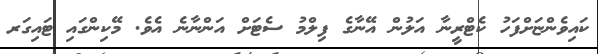
ކައިވެންޏަށްފަހު ކެޓްރީނާ އަލުން އޭނާގެ ފިލްމު ސެޓަށް އަންނާނެ އެވެ. މޭކިންގައި ޓައިގަރ